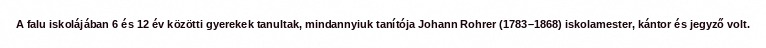
A falu iskolájában 6 és 12 év közötti gyerekek tanultak, mindannyiuk tanítója Johann Rohrer (1783–1868) iskolamester, kántor és jegyző volt.